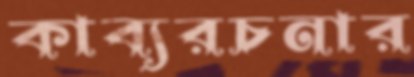
কাব্যরচনার